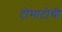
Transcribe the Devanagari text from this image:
टोमाटोची